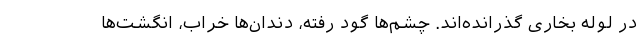
در لوله بخاری گذرانده‌اند. چشم‌ها گود رفته، دندان‌ها خراب، انگشت‌ها